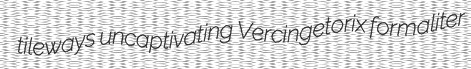
tileways uncaptivating Vercingetorix formaliter